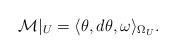
LaTeX: \begin{gather*}{\mathcal M}\vert_U =\langle \theta, d\theta, \omega\rangle_{\Omega_U}.\end{gather*}